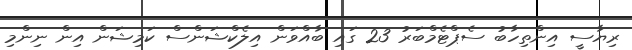
ރިޔާސީ އިންތިހާބު ސެޕްޓެމްބަރު 23 ގައި ބާއްވަން އިލެކްޝަންސް ކަމިޝަން އިން ނިންމި